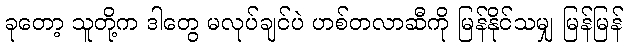
ခုတော့ သူတို့က ဒါတွေ မလုပ်ချင်ပဲ ဟစ်တလာဆီကို မြန်နိုင်သမျှ မြန်မြန်